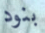
بنود